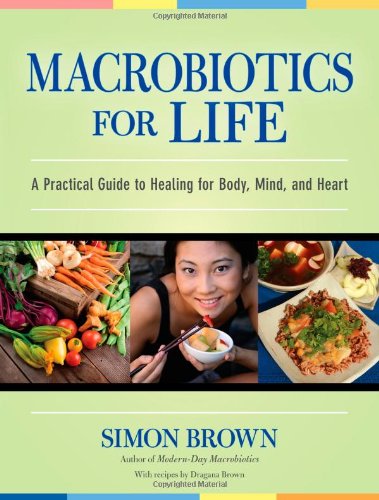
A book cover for Macrobiotics for Life: A Practical Guide to Healing for Body, Mind, and Heart; Simon Brown; Health, Fitness & Dieting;